Scientific memoirs by medical officers of the Army of India - Part XII,
Year: 1901
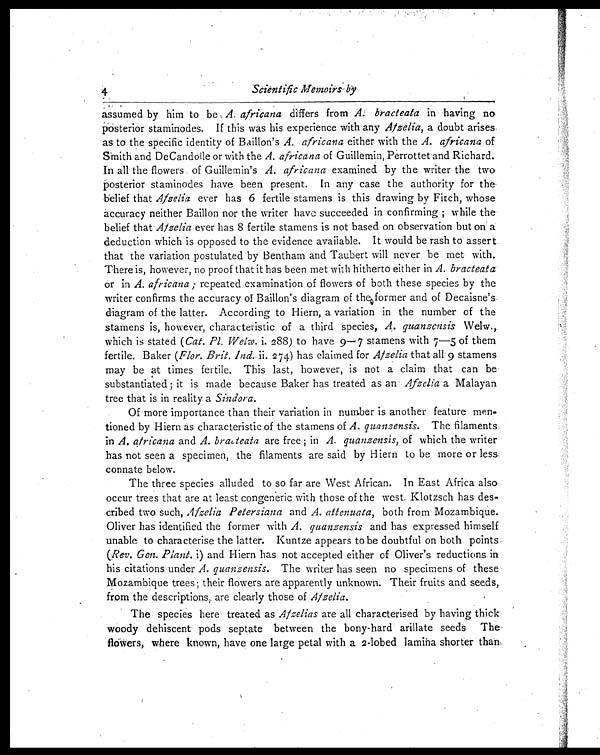
4
Scientific Memoirs by
assumed by him to be A. africana differs from A. bracteata in having no
posterior staminodes. If this was his experience with any Afzelia, a doubt arises
as to the specific identity of Baillon's A. africana either with the A. africana of
Smith and DeCandolle or with the A. africana of Guillemin, Perrottet and Richard.
In all the flowers of Guillemin's A; africana examined by the writer the two
Posterior staminodes have been present. In any case the authority for the-
belief that Afzelia ever has 6 fertile stamens is this drawing by Fitch, whose
accuracy neither Baillon nor the writer have succeeded in confirming ; while the
belief that Afzelia ever has 8 fertile stamens is not based on observation but on - a
deduction which is opposed to the evidence available. It would be rash to assert
that the variation postulated by Bentham and Taubert will never be met with.
There is, however, no proof that it has been met with hitherto either in A. bracteata
or in A. africana ; repeated examination of flowers of both these species by the
writer confirms the accuracy of Baillon's diagram of the former and of Decaisne's
diagram of the latter. According to Hiern, a variation in the number of the
stamens is, however, characteristic of a third species, A. quanzensis Welw.,
which is stated (Cat. Pl. Welw. i.2 8 8 ) t o h a v e 9 - 7 s t a m e n s w i t h 7 - 5 o f t h e m
fertile. Baker (Flor. Brit. Ind. ii. 274) has claimed for Afzelia that all 9 stamens
may be at times fertile. This last, however, is not a claim that can be
substantiated ; it is made because Baker has treated as an Afzelia a Malayan
tree that is in reality a Sindora.
Of more importance than their variation in number is another feature men-
tioned by Hiern as characteristic of the stamens of A. quanzensis. The filaments
in A. africana and A. brabteata are free ; in A. quanzensis, of which the writer
has not seen a specimen, the filaments are said by Hiern to be more or less
connate below.
The three species alluded to so far are West African. In East Africa also
occur trees that are at least congeneric with those of the west. Klotzsch has des-
cribed two such, Afzelia Petersiana and A. attenuata, both from Mozambique.
Oliver has identified the former with A. quanzensis and has expressed himself
unable to characterise the latter. Kuntze appears to be doubtful on both points
(Rev. Gen. Plant. i) and Hiern has not accepted either of Oliver's reductions in
his citations under A. quanzensis. The writer has seen no specimens of these
Mozambique trees; their flowers are apparently unknown. Their fruits and seeds,
from the descriptions, are clearly those of Afzelia.
The species here treated as Afzelias are all characterised by having thick
woody dehiscent pods septate between the bony-hard arillate seeds The
flowers, where known, have one large petal with a 2-lobed lamina shorter than